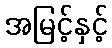
အမြင့်နှင့်